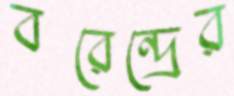
বরেন্দ্রের